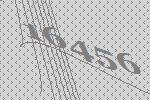
16456